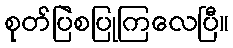
စုတ်ပြဲစပြုကြလေပြီ။